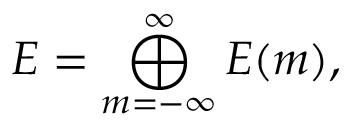
{ \cal E } = \bigoplus _ { m = - \infty } ^ { \infty } { \cal E } ( m ) ,